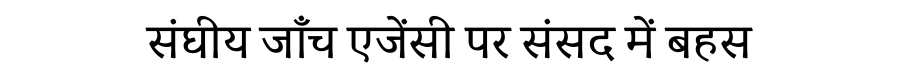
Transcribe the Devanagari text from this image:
संघीय जाँच एजेंसी पर संसद में बहस